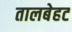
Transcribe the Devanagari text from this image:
तालबेहट